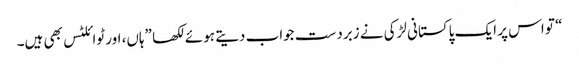
“ تو اس پر ایک پاکستانی لڑکی نے زبردست جواب دیتے ہوئے لکھا ”ہاں، اور ٹوائلٹس بھی ہیں۔